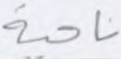
ناحية